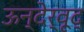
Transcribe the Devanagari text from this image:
ऊन्देर्वूद्